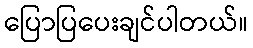
ပြောပြပေးချင်ပါတယ်။